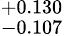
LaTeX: ^{+0.130}_{-0.107}